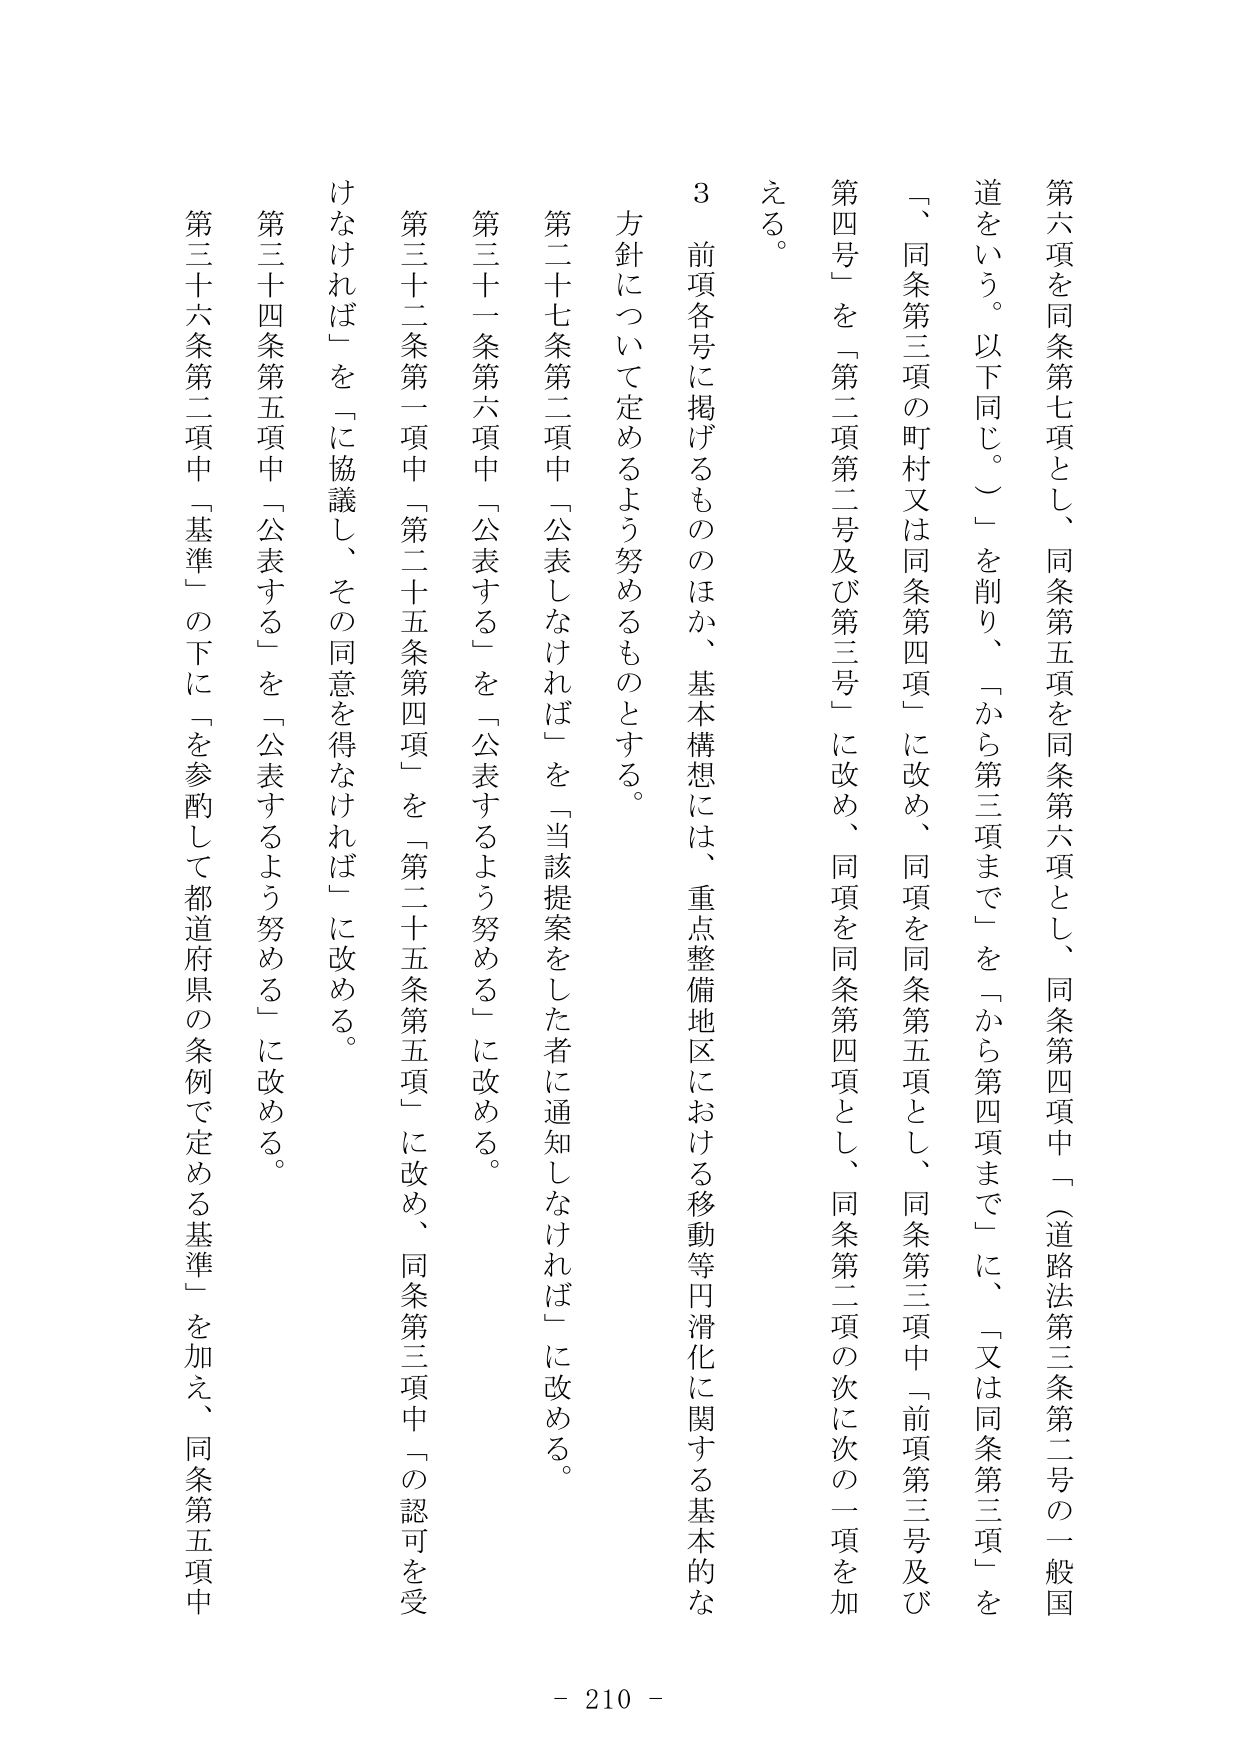
第六項を同条第七項とし、同条第五項を同条第六項とし、同条第四項中「（道路法第三条第二号の一般国道をいう。以下同じ。）」を削り、「から第三項まで」を「から第四項まで」に、「又は同条第三項」を「、同条第三項の町村又は同条第四項」に改め、同項を同条第五項とし、同条第三項中「前項第三号及び第四号」を「第二項第二号及び第三号」に改め、同項を同条第四項とし、同条第二項の次に次の一项を加える。

３ 前項各号に掲げるもののほか、基本構想には、重点整備地区における移動等円滑化に関する基本的な方針について定めるよう努めるものとする。

第二十七条第二項中「公表しなければ」を「当該提案をした者に通知しなければ」に改める。

第三十一条第六項中「公表する」を「公表するよう努める」に改める。

第三十二条第一項中「第二十五条第四項」を「第二十五条第五項」に改め、同条第三項中「の認可を受けなければ」を「に協議し、その同意を得なければ」に改める。

第三十四条第五項中「公表する」を「公表するよう努める」に改める。

第三十六条第二項中「基準」の下に「を参酌して都道府県の条例で定める基準」を加え、同条第五項中

- 210 -